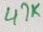
Text: 47K